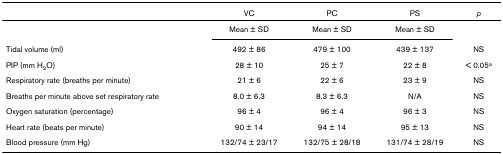
<table><thead><tr><td></td><td><b>VC</b></td><td><b>PC</b></td><td><b>PS</b></td><td><b><i>p</i></b></td></tr></thead><tbody><tr><td></td><td>Mean ± SD</td><td>Mean ± SD</td><td>Mean ± SD</td><td></td></tr><tr><td>Tidal volume (ml)</td><td>492 ± 86</td><td>479 ± 100</td><td>439 ± 137</td><td>NS</td></tr><tr><td>PIP (mm H<sub>2</sub>O)</td><td>28 ± 10</td><td>25 ± 7</td><td>22 ± 8</td><td>&lt; 0.05<sup>a</sup></td></tr><tr><td>Respiratory rate (breaths per minute)</td><td>21 ± 6</td><td>22 ± 6</td><td>23 ± 9</td><td>NS</td></tr><tr><td>Breaths per minute above set respiratory rate</td><td>8.0 ± 6.3</td><td>8.3 ± 6.3</td><td>N/A</td><td>NS</td></tr><tr><td>Oxygen saturation (percentage)</td><td>96 ± 4</td><td>96 ± 4</td><td>96 ± 3</td><td>NS</td></tr><tr><td>Heart rate (beats per minute)</td><td>90 ± 14</td><td>94 ± 14</td><td>95 ± 13</td><td>NS</td></tr><tr><td>Blood pressure (mm Hg)</td><td>132/74 ± 23/17</td><td>132/75 ± 28/18</td><td>131/74 ± 28/19</td><td>NS</td></tr></tbody></table>